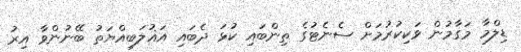
ޑިލްމާ މަގާމުން ވަކިކުރުމަށް ސެނެޓުގެ ތިންބައި ކުޅަ ދެބައި އަޣުލަބިއްޔަތު ބޭނުންވާ އިރު